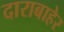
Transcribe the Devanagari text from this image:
दाराबाहेर